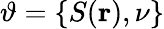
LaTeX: \vartheta=\{ S(\mathbf{r}),\nu\}